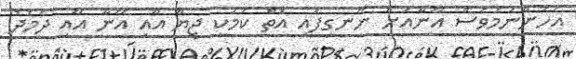
އެހެންނަމަވެސް އޭނާއަށް ނޭނގިފައި އޮތް ކަމަކީ ޖިޔާ އާއި އޭނާ އާއި ދެމެދު